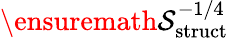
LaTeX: \ensuremath{\mathcal{S}}_{\mathrm{struct}}^{-1/4}